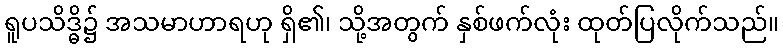
ရူပသိဒ္ဓိ၌ အသမာဟာရဟု ရှိ၏၊ သို့အတွက် နှစ်ဖက်လုံး ထုတ်ပြလိုက်သည်။